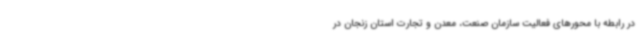
در رابطه با محورهای فعالیت سازمان صنعت، معدن و تجارت استان زنجان در